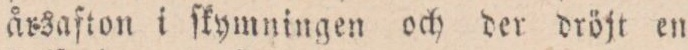
årsaſton i ſkymningen och der dröjt en